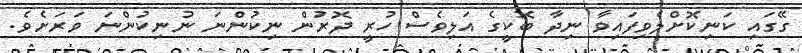
ގޭގައި ކަނިކޮށްލެވިފައިވާ ނިދާ ބޮކީގެ އަލިވެސް ހުރީ ދޮރުން ނިކުންނަ ނުނިކުންނަ ވަރަށެވެ.